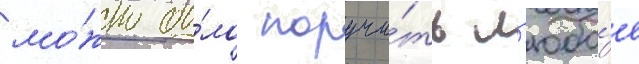
мо́жно бы́ло поручи́ть л'юбо́е